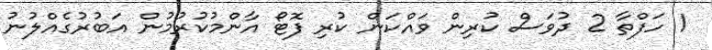
1 ހަފްތާ 2 ދުވަސް ކުރިން ވައްކަން ކުރި ފޮޓޯ އާންމުކުރުމުން އަބުރުގެއްލުނު